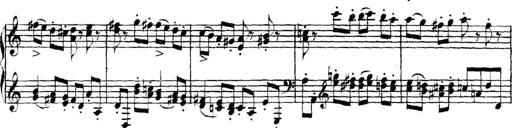
Title: Collected Piano Sonatas
Composer: Muzio Clementi